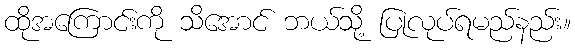
ထိုအကြောင်းကို သိအောင် ဘယ်သို့ ပြုလုပ်ရမည်နည်း။